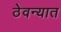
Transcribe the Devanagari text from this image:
ठेवन्यात